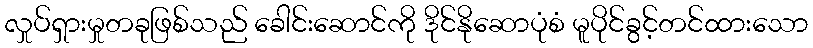
လှုပ်ရှားမှုတခုဖြစ်သည် ခေါင်းဆောင်ကို ဒိုင်နိုဆောပုံစံ မူပိုင်ခွင့်တင်ထားသော